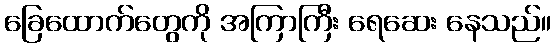
ခြေထောက်တွေကို အကြာကြီး ရေဆေး နေသည်။